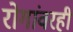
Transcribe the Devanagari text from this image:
रोगांवरही